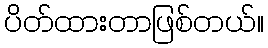
ပိတ်ထားတာဖြစ်တယ်။